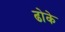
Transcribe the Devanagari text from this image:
ढोके